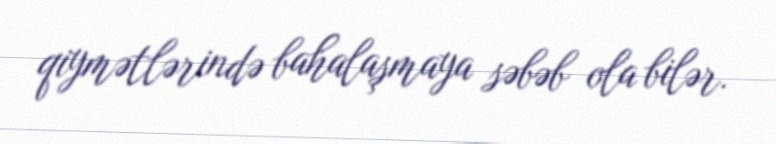
qiymətlərində bahalaşmaya səbəb ola bilər.